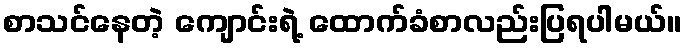
စာသင်နေတဲ့ ကျောင်းရဲ့ ထောက်ခံစာလည်းပြရပါမယ်။